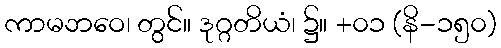
ကာမဘဝေ၊ တွင်။ ဒုဂ္ဂတိယံ၊ ၌။ +၀၁ (နိ-၁၅၀)